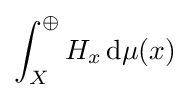
\int _{X}^{\oplus }H_{x}\,\mathrm {d} \mu (x)